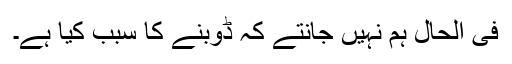
فی الحال ہم نہیں جانتے کہ ڈوبنے کا سبب کیا ہے۔